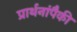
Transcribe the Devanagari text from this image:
प्रार्थनांपैकी